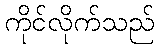
ကိုင်လိုက်သည်